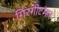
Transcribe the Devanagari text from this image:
गिरगीटमार